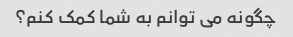
چگونه می توانم به شما کمک کنم؟